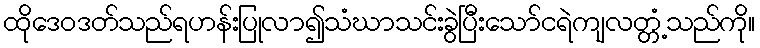
ထိုဒေဝဒတ်သည်ရဟန်းပြုလာ၍သံဃာသင်းခွဲပြီးသော်ငရဲကျလတ္တံ့သည်ကို။